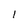
Character: l